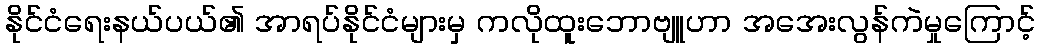
နိုင်ငံရေးနယ်ပယ်၏ အာရပ်နိုင်ငံများမှ ကလိုထူးဘောဗျူဟာ အအေးလွန်ကဲမှုကြောင့်